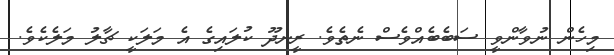
މިހެން ނުވާންވީ ސަބެބެއްވެސް ނެތެވެ. ރީނދޫ ކުލައިގެ އެ މަލަކީ ޗާލު މަލެކެވެ.